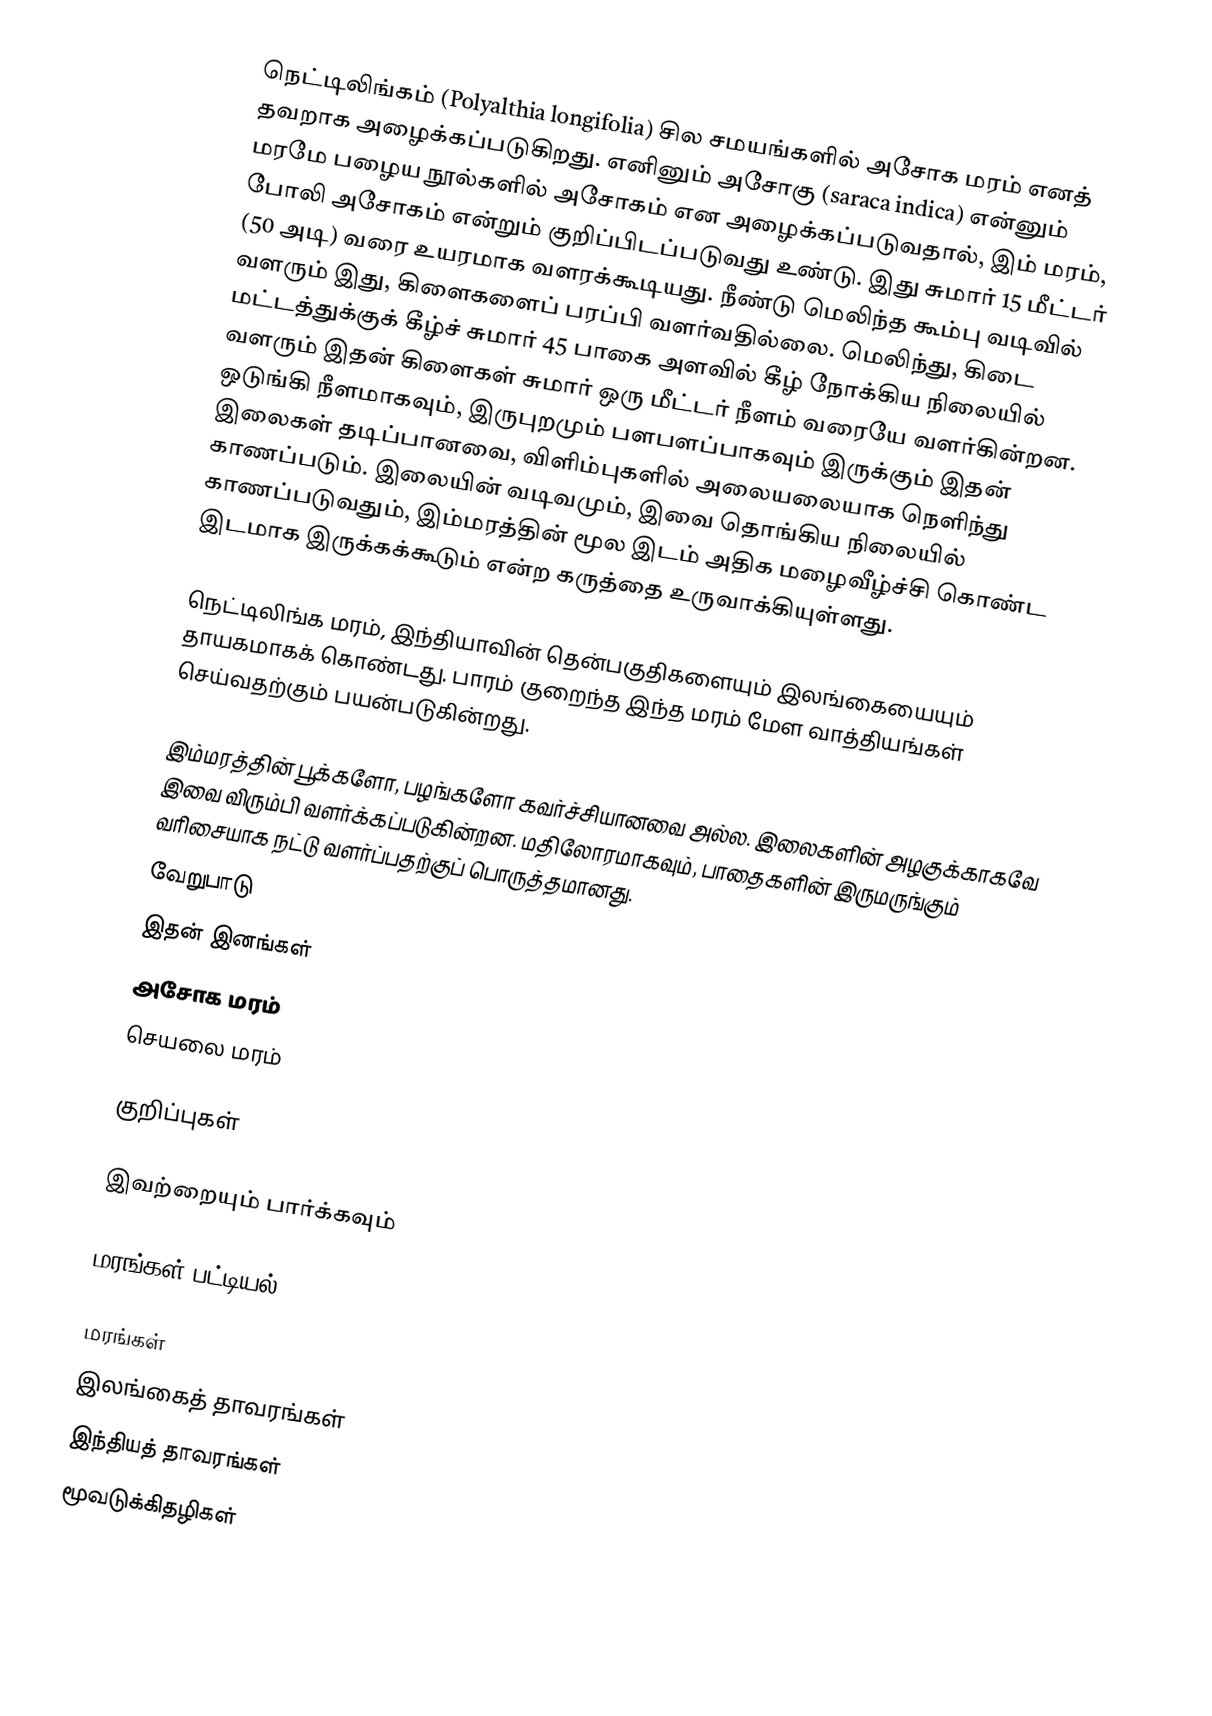
நெட்டிலிங்கம் (Polyalthia longifolia) சில சமயங்களில் அசோக மரம் எனத் தவறாக அழைக்கப்படுகிறது. எனினும் அசோகு (saraca indica) என்னும் மரமே பழைய நூல்களில் அசோகம் என அழைக்கப்படுவதால், இம் மரம், போலி அசோகம் என்றும் குறிப்பிடப்படுவது உண்டு. இது சுமார் 15 மீட்டர் (50 அடி) வரை உயரமாக வளரக்கூடியது. நீண்டு மெலிந்த கூம்பு வடிவில் வளரும் இது, கிளைகளைப் பரப்பி வளர்வதில்லை. மெலிந்து, கிடை மட்டத்துக்குக் கீழ்ச் சுமார் 45 பாகை அளவில் கீழ் நோக்கிய நிலையில் வளரும் இதன் கிளைகள் சுமார் ஒரு மீட்டர் நீளம் வரையே வளர்கின்றன. ஒடுங்கி நீளமாகவும், இருபுறமும் பளபளப்பாகவும் இருக்கும் இதன் இலைகள் தடிப்பானவை, விளிம்புகளில் அலையலையாக நெளிந்து காணப்படும். இலையின் வடிவமும், இவை தொங்கிய நிலையில் காணப்படுவதும், இம்மரத்தின் மூல இடம் அதிக மழைவீழ்ச்சி கொண்ட இடமாக இருக்கக்கூடும் என்ற கருத்தை உருவாக்கியுள்ளது.

நெட்டிலிங்க மரம், இந்தியாவின் தென்பகுதிகளையும் இலங்கையையும் தாயகமாகக் கொண்டது. பாரம் குறைந்த இந்த மரம் மேள வாத்தியங்கள் செய்வதற்கும் பயன்படுகின்றது.

இம்மரத்தின் பூக்களோ, பழங்களோ கவர்ச்சியானவை அல்ல. இலைகளின் அழகுக்காகவே இவை விரும்பி வளர்க்கப்படுகின்றன. மதிலோரமாகவும், பாதைகளின் இருமருங்கும் வரிசையாக நட்டு வளர்ப்பதற்குப் பொருத்தமானது.
வேறுபாடு
இதன் இனங்கள்
 அசோக மரம்
 செயலை மரம்

குறிப்புகள்

இவற்றையும் பார்க்கவும்

 மரங்கள் பட்டியல்

மரங்கள்
இலங்கைத் தாவரங்கள்
இந்தியத் தாவரங்கள்
மூவடுக்கிதழிகள்